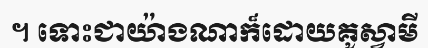
។ ទោះជាយ៉ាងណាក៏ដោយគូស្វាមី